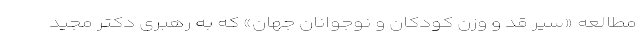
مطالعه «سیر قد و وزن کودکان و نوجوانان جهان» که به رهبری دکتر مجید